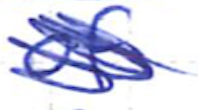
Text: of
Cross-out: scratch
Writing tool: ballpoint